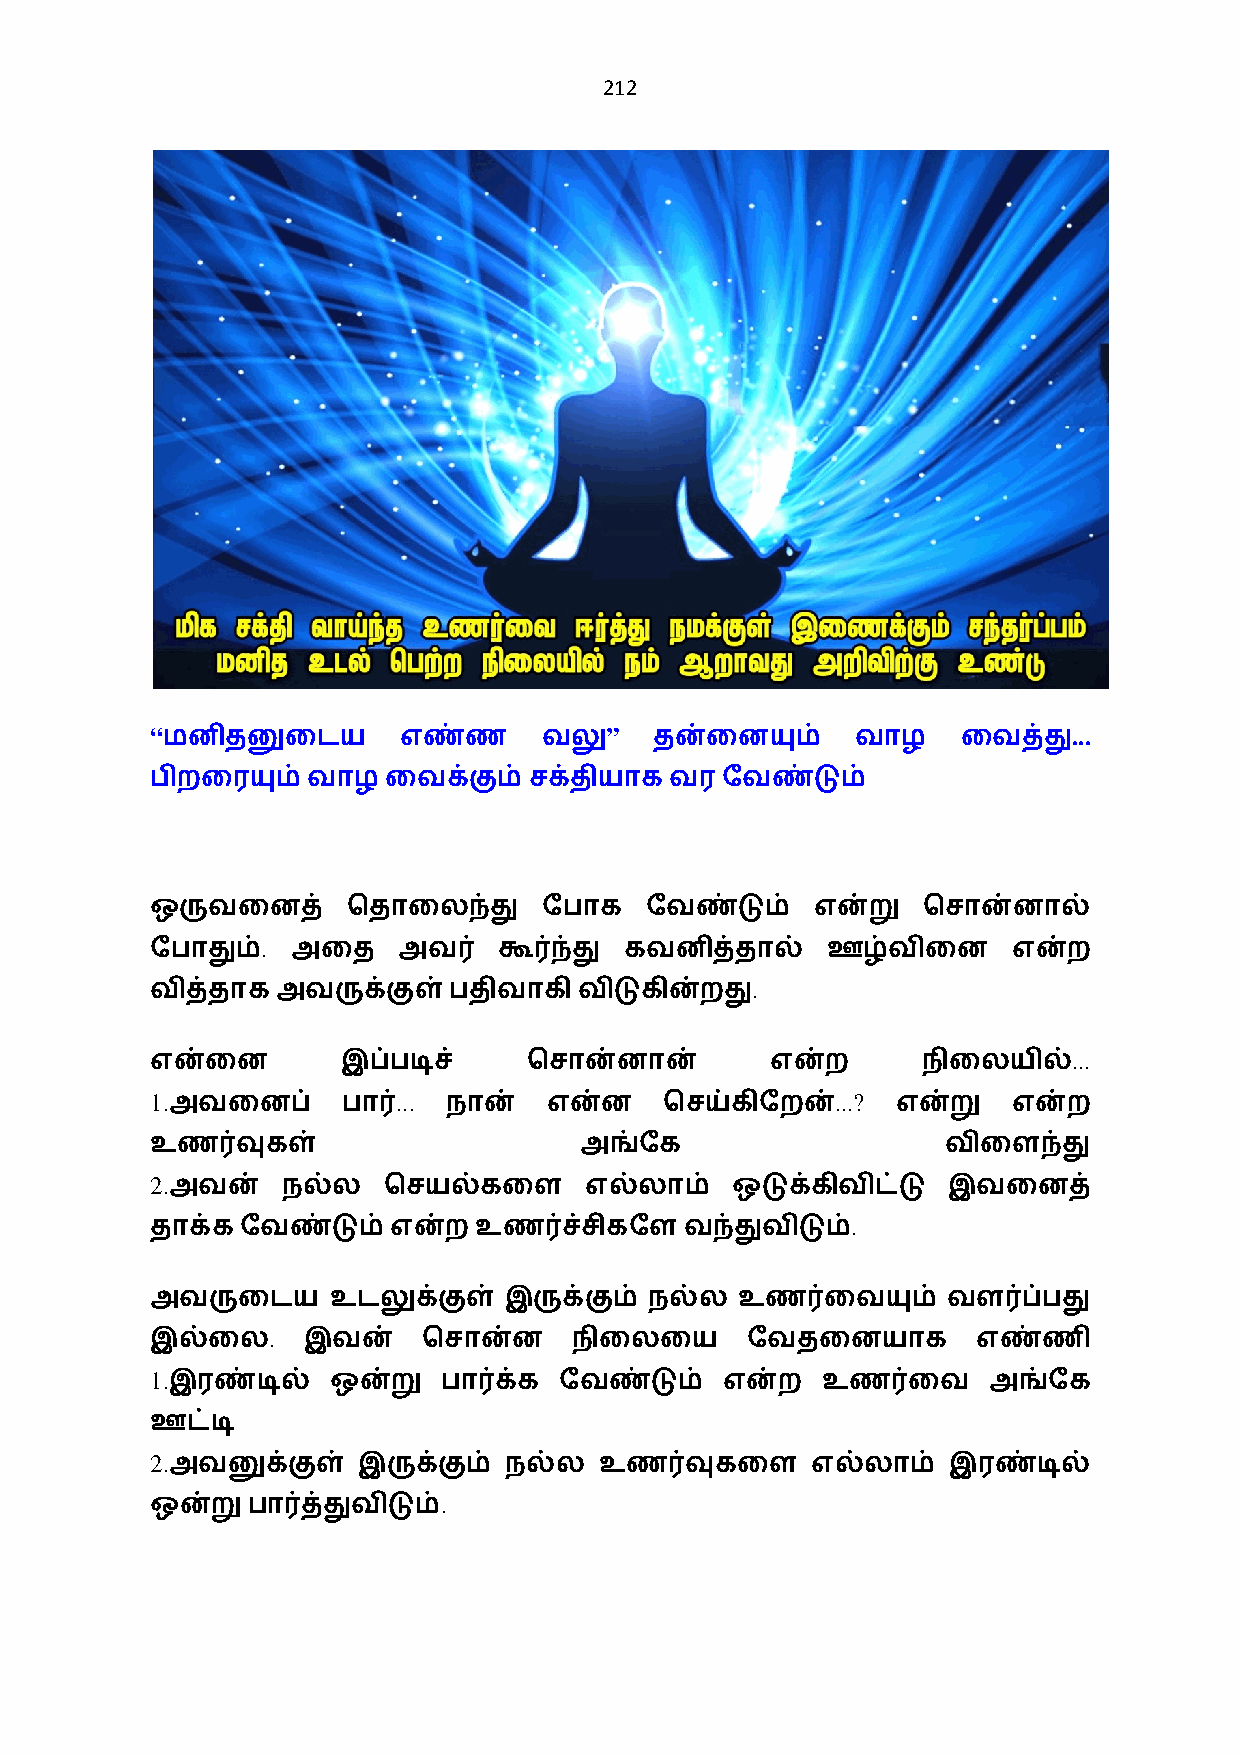
212
 “                             ”                              ...
 மனிதனுைடய      எண்ண      வலு    தன்ைனயும்     வாழ    ைவத்து
 பிறைரயும் வாழ   ைவக்கும் சக்தியாக வரேவண்டும்
 ஒருவைனத்     ெதாைலந்து    ேபாக   ேவண்டும்   என்று  ெசான்னால்
 .
 ேபாதும்  அைத    அவ0    கூ0ந்து கவனித்தால்    ஊழ்விைன     என்ற
 .
 வித்தாகஅவருக்குள்பதிவாகிவிடுகின்றது
 ...
 என்ைன        இப்படிச்    ெசான்னான்       என்ற      நிைலயில்
 1.              ...                          ...?
 அவைனப்      பா0    நான்  என்ன    ெசய்கிேறன்     என்று   என்ற
 உண0வுகள்                    அங்ேக                    விைளந்து
 2.
 அவன்    நல்ல  ெசயல்கைள      எல்லாம்  ஒடுக்கிவிட்டு  இவைனத்
 .
 தாக்க ேவண்டும்என்ற   உண0ச்சிகேளவந்துவிடும்
 அவருைடய     உடலுக்குள் இருக்கும் நல்ல  உண0ைவயும்     வள0ப்பது
 .
 இல்ைல     இவன்    ெசான்ன    நிைலைய     ேவதைனயாக        எண்ணி
 1.
 இரண்டில்   ஒன்று  பா0க்க  ேவண்டும்   என்ற  உண0ைவ      அங்ேக
 ஊட்டி
 2.
 அவனுக்குள்   இருக்கும் நல்ல  உண0வுகைள      எல்லாம்  இரண்டில்
 .
 ஒன்றுபா0த்துவிடும்